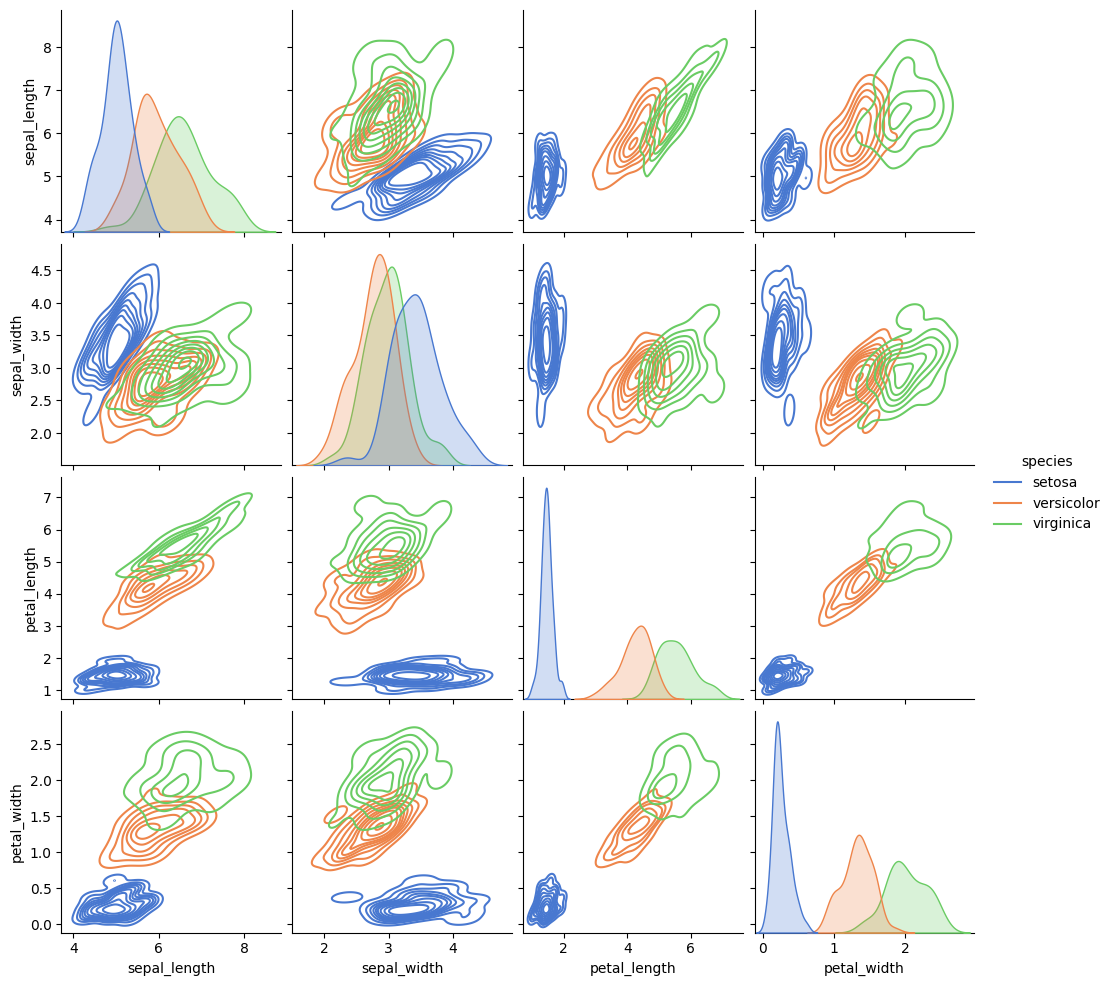
python, seaborn, pairplot, palette='muted', markers=['o', 's', 'D'], kind='kde', diag_kind='auto'